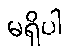
မရှိပါ